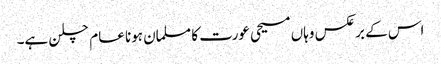
اس کے برعکس وہاں مسیحی عورت کا مسلمان ہونا عام چلن ہے۔